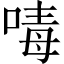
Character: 𠷮